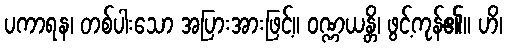
ပကာရန၊ တစ်ပါးသော အပြားအားဖြင့်။ ဝဏ္ဏယန္တိ၊ ဖွင့်ကုန်၏။ ဟိ၊